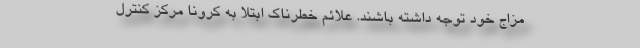
مزاج خود توجه داشته باشند. علائم خطرناک ابتلا به کرونا مرکز کنترل